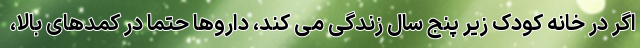
اگر در خانه کودک زیر پنج سال زندگی می کند، داروها حتما در کمدهای بالا،